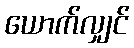
ယောက်လျှင်